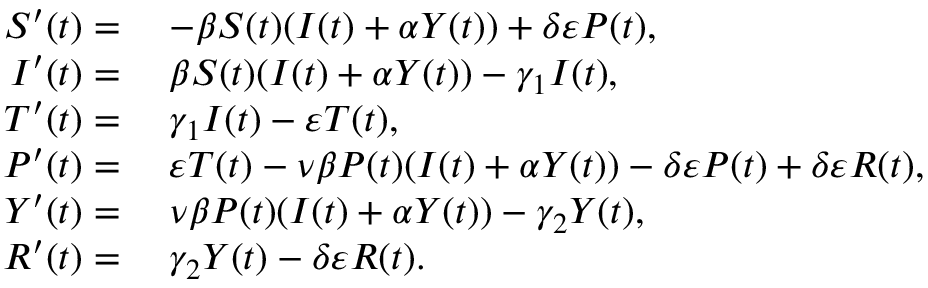
\begin{array} { r l } { S ^ { \prime } ( t ) = } & { \; - \beta S ( t ) ( I ( t ) + \alpha Y ( t ) ) + \delta \varepsilon P ( t ) , } \\ { I ^ { \prime } ( t ) = } & { \; \beta S ( t ) ( I ( t ) + \alpha Y ( t ) ) - \gamma _ { 1 } I ( t ) , } \\ { T ^ { \prime } ( t ) = } & { \; \gamma _ { 1 } I ( t ) - \varepsilon T ( t ) , } \\ { P ^ { \prime } ( t ) = } & { \; \varepsilon T ( t ) - \nu \beta P ( t ) ( I ( t ) + \alpha Y ( t ) ) - \delta \varepsilon P ( t ) + \delta \varepsilon R ( t ) , } \\ { Y ^ { \prime } ( t ) = } & { \; \nu \beta P ( t ) ( I ( t ) + \alpha Y ( t ) ) - \gamma _ { 2 } Y ( t ) , } \\ { R ^ { \prime } ( t ) = } & { \; \gamma _ { 2 } Y ( t ) - \delta \varepsilon R ( t ) . } \end{array}